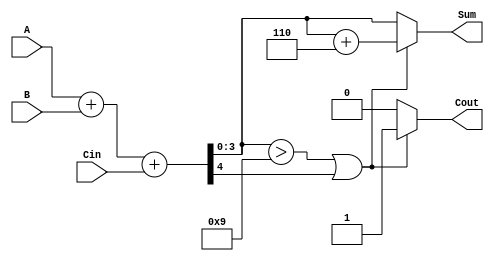
module BCD_Hybrid_Adder (
    input  wire [3:0] A,     // First BCD digit
    input  wire [3:0] B,     // Second BCD digit
    input  wire Cin,         // Carry input
    output reg  [3:0] Sum,   // BCD sum output
    output reg  Cout         // Carry output
);

    // Internal wires
    wire [4:0] S;            // 5-bit sum to accommodate carry
    wire [3:0] corrected_sum; // Corrected BCD sum
    wire is_invalid;         // Flag for invalid BCD

    // Binary addition
    assign S = A + B + Cin;

    // Check if the result is a valid BCD
    assign is_invalid = (S[3:0] > 4'd9) || S[4];

    // BCD correction logic
    assign corrected_sum = S[3:0] + 4'd6;

    always @* begin
        if (is_invalid) begin
            Sum = corrected_sum; // Apply correction if invalid
            Cout = 1'b1;         // Set carry out
        end else begin
            Sum = S[3:0];        // No correction needed
            Cout = 1'b0;         // No carry out
        end
    end

endmodule